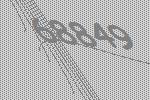
68849